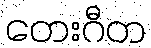
တေးဂီတ